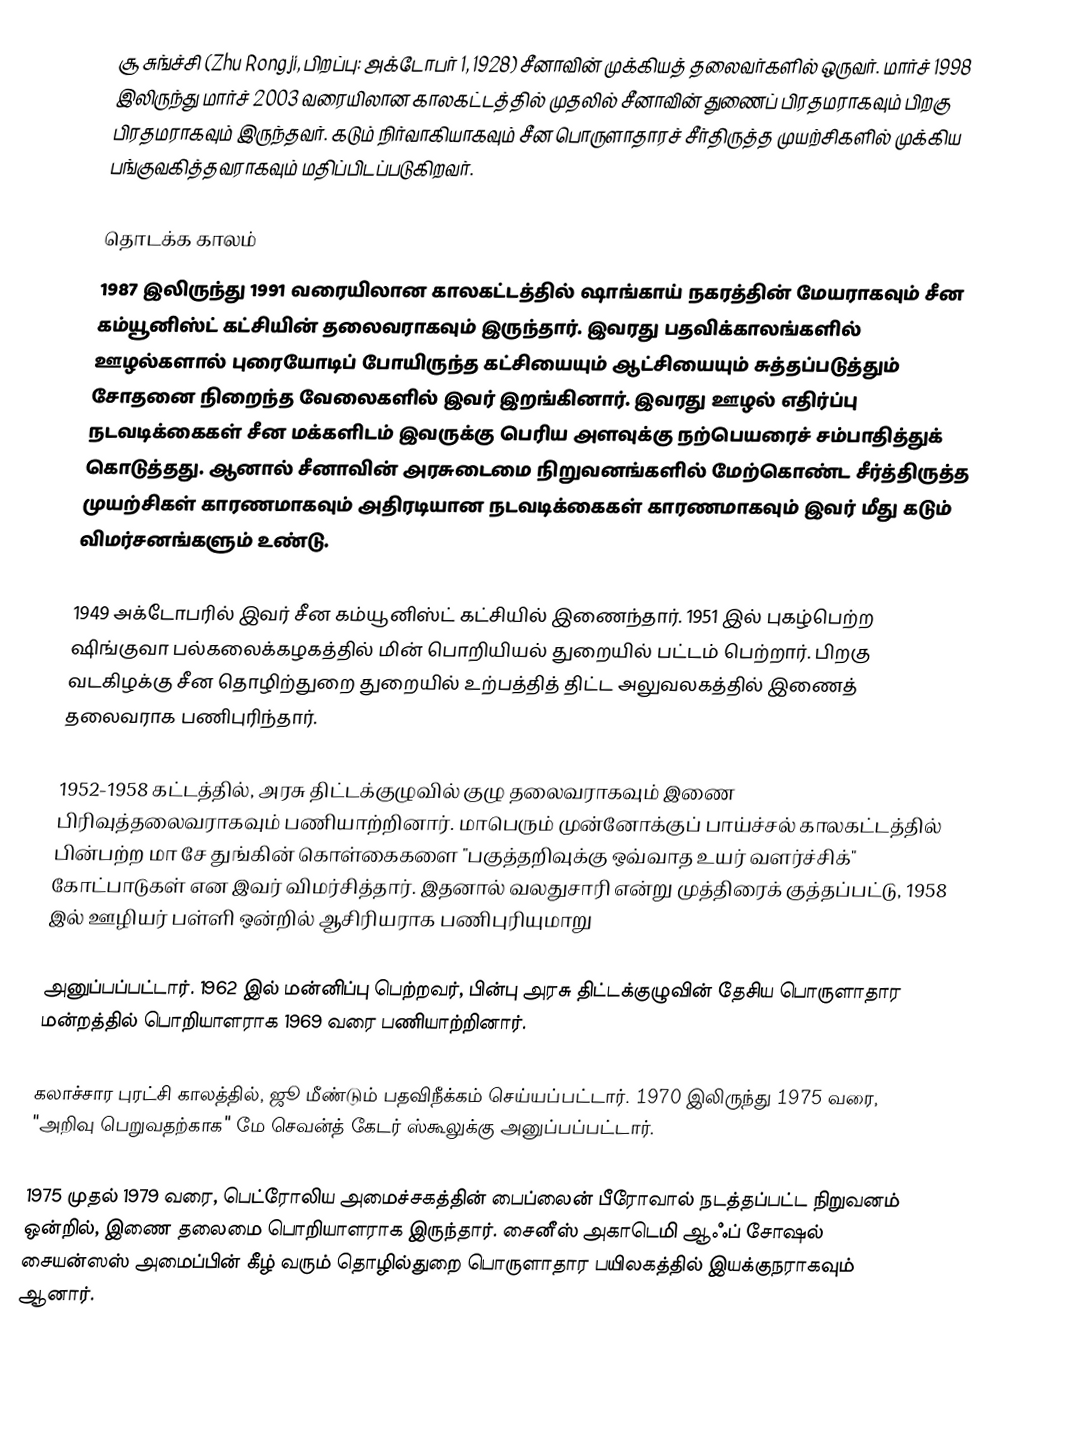
சூ சுங்ச்சி (Zhu Rongji, பிறப்பு: அக்டோபர் 1, 1928) சீனாவின் முக்கியத் தலைவர்களில் ஒருவர். மார்ச் 1998 இலிருந்து மார்ச் 2003 வரையிலான காலகட்டத்தில் முதலில் சீனாவின் துணைப் பிரதமராகவும் பிறகு பிரதமராகவும் இருந்தவர். கடும் நிர்வாகியாகவும் சீன பொருளாதாரச் சீர்திருத்த முயற்சிகளில் முக்கிய பங்குவகித்தவராகவும் மதிப்பிடப்படுகிறவர்.

தொடக்க காலம்
1987 இலிருந்து 1991 வரையிலான காலகட்டத்தில் ஷாங்காய் நகரத்தின் மேயராகவும் சீன கம்யூனிஸ்ட் கட்சியின் தலைவராகவும் இருந்தார். இவரது பதவிக்காலங்களில் ஊழல்களால் புரையோடிப் போயிருந்த கட்சியையும் ஆட்சியையும் சுத்தப்படுத்தும் சோதனை நிறைந்த வேலைகளில் இவர் இறங்கினார். இவரது ஊழல் எதிர்ப்பு நடவடிக்கைகள் சீன மக்களிடம் இவருக்கு பெரிய அளவுக்கு நற்பெயரைச் சம்பாதித்துக் கொடுத்தது. ஆனால் சீனாவின் அரசுடைமை நிறுவனங்களில் மேற்கொண்ட சீர்த்திருத்த முயற்சிகள் காரணமாகவும் அதிரடியான நடவடிக்கைகள் காரணமாகவும் இவர் மீது கடும் விமர்சனங்களும் உண்டு.

1949 அக்டோபரில் இவர் சீன கம்யூனிஸ்ட் கட்சியில் இணைந்தார். 1951 இல் புகழ்பெற்ற ஷிங்குவா பல்கலைக்கழகத்தில் மின் பொறியியல் துறையில் பட்டம் பெற்றார். பிறகு வடகிழக்கு சீன தொழிற்துறை துறையில் உற்பத்தித் திட்ட அலுவலகத்தில் இணைத் தலைவராக பணிபுரிந்தார்.

1952-1958 கட்டத்தில், அரசு திட்டக்குழுவில் குழு தலைவராகவும் இணை பிரிவுத்தலைவராகவும் பணியாற்றினார். மாபெரும் முன்னோக்குப் பாய்ச்சல் காலகட்டத்தில் பின்பற்ற மா சே துங்கின் கொள்கைகளை "பகுத்தறிவுக்கு ஒவ்வாத உயர் வளர்ச்சிக்" கோட்பாடுகள் என இவர் விமர்சித்தார். இதனால் வலதுசாரி என்று முத்திரைக் குத்தப்பட்டு, 1958 இல் ஊழியர் பள்ளி ஒன்றில் ஆசிரியராக பணிபுரியுமாறு

அனுப்பப்பட்டார். 1962 இல் மன்னிப்பு பெற்றவர், பின்பு அரசு திட்டக்குழுவின் தேசிய பொருளாதார மன்றத்தில் பொறியாளராக 1969 வரை பணியாற்றினார்.

கலாச்சார புரட்சி காலத்தில், ஜூ மீண்டும் பதவிநீக்கம் செய்யப்பட்டார். 1970 இலிருந்து 1975 வரை, "அறிவு பெறுவதற்காக" மே செவன்த் கேடர் ஸ்கூலுக்கு அனுப்பப்பட்டார்.

1975 முதல் 1979 வரை, பெட்ரோலிய அமைச்சகத்தின் பைப்லைன் பீரோவால் நடத்தப்பட்ட நிறுவனம் ஒன்றில், இணை தலைமை பொறியாளராக இருந்தார். சைனீஸ் அகாடெமி ஆஃப் சோஷல் சையன்ஸஸ் அமைப்பின் கீழ் வரும் தொழில்துறை பொருளாதார பயிலகத்தில் இயக்குநராகவும் ஆனார்.